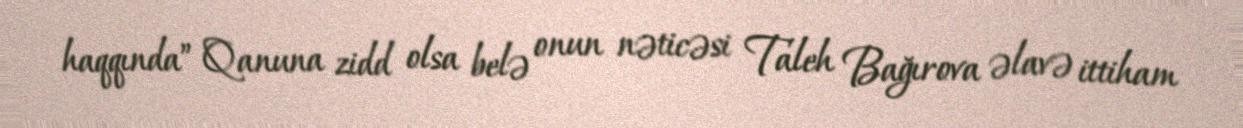
haqqında” Qanuna zidd olsa belə onun nəticəsi Taleh Bağırova əlavə ittiham